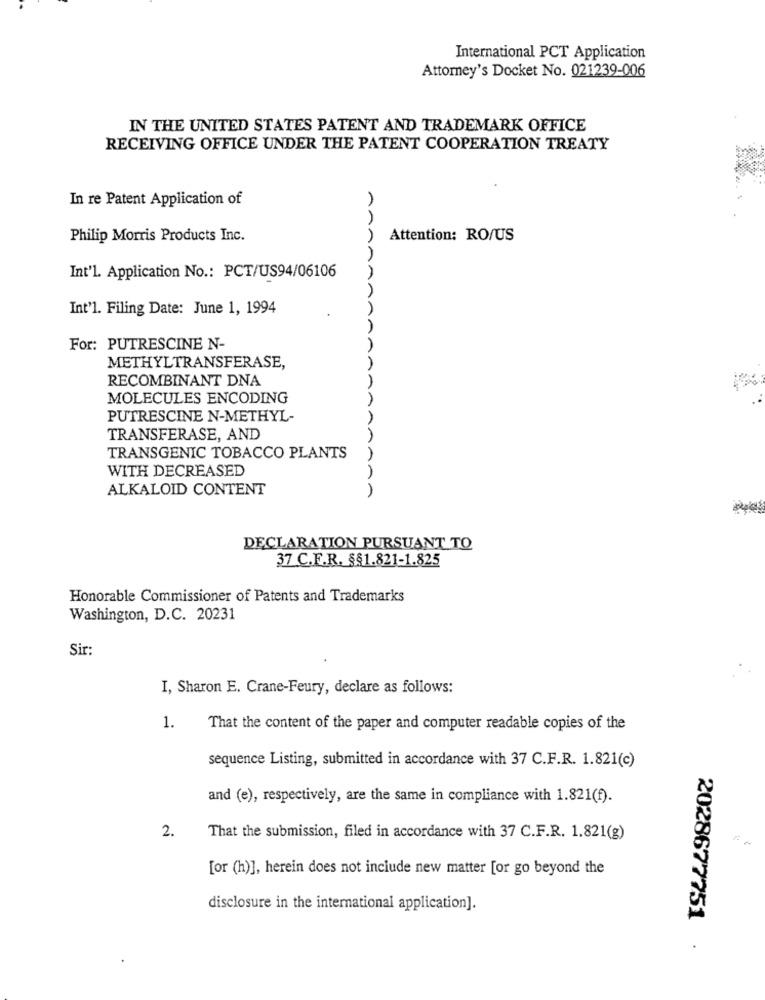
International PCT Application
Attorney's Docket No. 021239-006
IN THE UNITED STATES PATENT AND TRADEMARK OFFICE
RECEIVING OFFICE UNDER THE PATENT COOPERATION TREATY
In re Patent Application of
Philip Morris Products Inc.
AAA
Attention: RO/US
A
Int'l. Application No .: PCT/US94/06106
Int'l. Filing Date: June 1, 1994
A
For: PUTRESCINE N-
METHYLTRANSFERASE,
AA
RECOMBINANT DNA
MOLECULES ENCODING
PUTRESCINE N-METHYL-
TRANSFERASE, AND
TRANSGENIC TOBACCO PLANTS
WITH DECREASED
AAAA
ALKALOID CONTENT
A
DECLARATION PURSUANT TO
37 C.F.R. §§1.821-1.825
Honorable Commissioner of Patents and Trademarks
Washington, D.C. 20231
Sir:
I, Sharon E. Crane-Feury, declare as follows:
1.
That the content of the paper and computer readable copies of the
sequence Listing, submitted in accordance with 37 C.F.R. 1.821(c)
and (e), respectively, are the same in compliance with 1.821(f).
2.
That the submission, filed in accordance with 37 C.F.R. 1.821(g)
[or (h)], herein does not include new matter [or go beyond the
disclosure in the international application].
2028677751